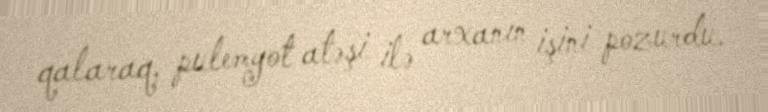
qalaraq, pulemyot atəşi ilə arxanın işini pozurdu.